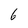
Character: 6